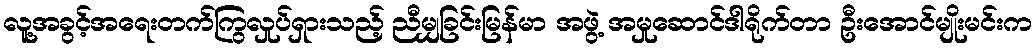
လူ့အခွင့်အရေးတက်ကြွလှုပ်ရှားသည့် ညီမျှခြင်းမြန်မာ အဖွဲ့ အမှုဆောင်ဒါရိုက်တာ ဦးအောင်မျိုးမင်းက